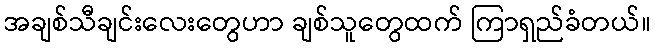
အချစ်သီချင်းလေးတွေဟာ ချစ်သူတွေထက် ကြာရှည်ခံတယ်။